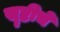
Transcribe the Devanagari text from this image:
सॄष्टीचे